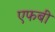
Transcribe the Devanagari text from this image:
एफबी